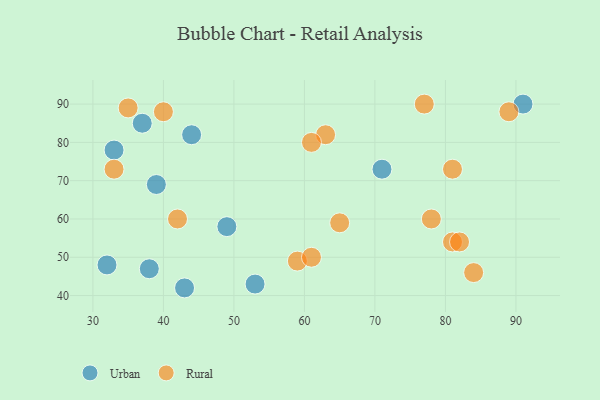
{"axis": {"x": "GDP", "y": "Life Expectancy"}, "legend": ["Rural", "Urban"], "data": [{"x": "38", "y": 47, "type": "Urban"}, {"x": "39", "y": 69, "type": "Urban"}, {"x": "43", "y": 42, "type": "Urban"}, {"x": "33", "y": 78, "type": "Urban"}, {"x": "49", "y": 58, "type": "Urban"}, {"x": "53", "y": 43, "type": "Urban"}, {"x": "91", "y": 90, "type": "Urban"}, {"x": "71", "y": 73, "type": "Urban"}, {"x": "32", "y": 48, "type": "Urban"}, {"x": "37", "y": 85, "type": "Urban"}, {"x": "44", "y": 82, "type": "Urban"}, {"x": "35", "y": 89, "type": "Rural"}, {"x": "81", "y": 54, "type": "Rural"}, {"x": "81", "y": 73, "type": "Rural"}, {"x": "84", "y": 46, "type": "Rural"}, {"x": "59", "y": 49, "type": "Rural"}, {"x": "77", "y": 90, "type": "Rural"}, {"x": "63", "y": 82, "type": "Rural"}, {"x": "78", "y": 60, "type": "Rural"}, {"x": "42", "y": 60, "type": "Rural"}, {"x": "40", "y": 88, "type": "Rural"}, {"x": "61", "y": 50, "type": "Rural"}, {"x": "33", "y": 73, "type": "Rural"}, {"x": "82", "y": 54, "type": "Rural"}, {"x": "89", "y": 88, "type": "Rural"}, {"x": "61", "y": 80, "type": "Rural"}, {"x": "65", "y": 59, "type": "Rural"}]}